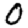
Digit: 0